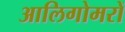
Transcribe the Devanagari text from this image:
आलिगोमरों